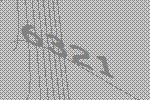
6321